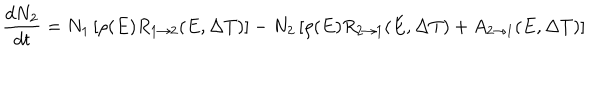
\frac { d N _ { 2 } } { d t } = N _ { 1 } \left[ \rho ( E ) R _ { 1 \rightarrow 2 } ( E , \Delta T ) \right] - N _ { 2 } \left[ \rho ( E ) R _ { 2 \rightarrow 1 } ( E , \Delta T ) + A _ { 2 \rightarrow 1 } ( E , \Delta T ) \right]